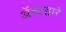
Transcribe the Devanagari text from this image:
अॅक्टद्वारे